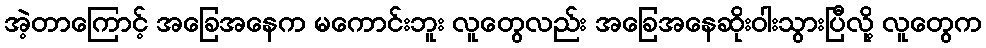
အဲ့တာကြောင့် အခြေအနေက မကောင်းဘူး လူတွေလည်း အခြေအနေဆိုးဝါးသွားပြီလို့ လူတွေက